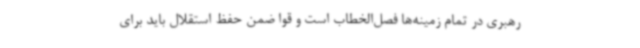
رهبری در تمام زمینه‌ها فصل‌الخطاب است و قوا ضمن حفظ استقلال باید برای